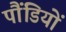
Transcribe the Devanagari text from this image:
पौंडियों